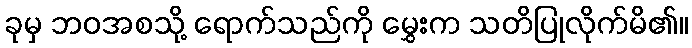
ခုမှ ဘဝအစသို့ ရောက်သည်ကို မွှေးက သတိပြုလိုက်မိ၏။